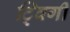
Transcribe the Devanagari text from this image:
ट्विगी